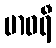
ဗာဝရီ